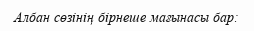
Албан сөзінің бірнеше мағынасы бар: